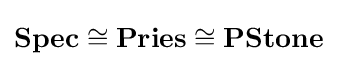
\mathbf {Spec} \cong \mathbf {Pries} \cong \mathbf {PStone}